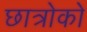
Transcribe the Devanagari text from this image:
छात्रोको